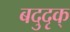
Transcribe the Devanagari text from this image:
बदुदृक्